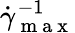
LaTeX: \dot{\gamma}_{\mathrm{~m~a~x~}}^{-1}